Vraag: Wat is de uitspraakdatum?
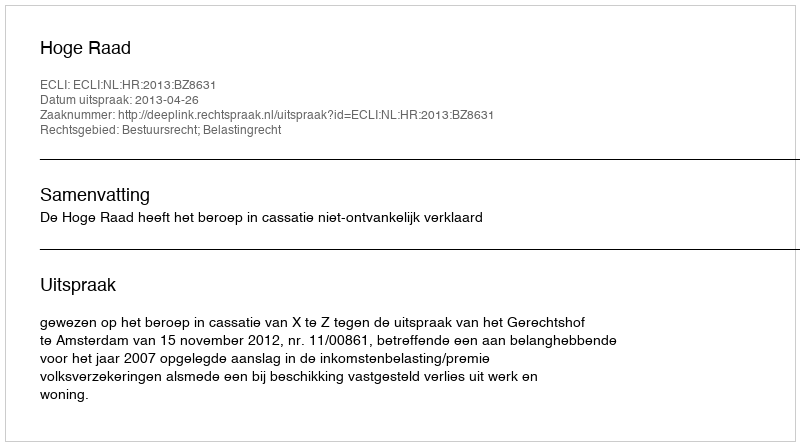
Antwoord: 2013-04-26